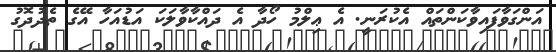
އަންގަވާފައިވާކަންތައް އެކުރަނީ. އެ ޢިލްމު ހޯދާ އެ ދައްކާވާލަކަ އަޑުއަހާ އޭގެ ތެދުދޮގު